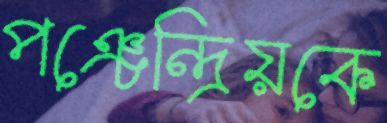
পঞ্চেন্দ্রিয়কে